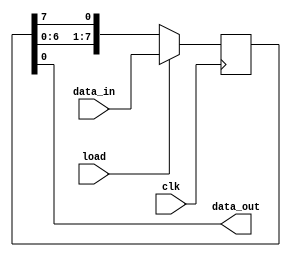
module parallel_in_serial_out_register (
  input wire clk,
  input wire load,
  input wire [7:0] data_in,
  output wire data_out
);

reg [7:0] shift_reg;

always @ (posedge clk) begin
  if (load) begin
    shift_reg <= data_in;
  end else begin
    shift_reg <= {shift_reg[6:0], shift_reg[7]};
  end
end

assign data_out = shift_reg[0];

endmodule